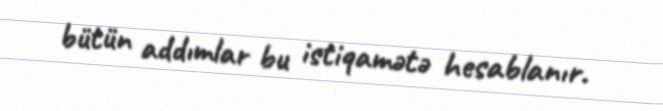
bütün addımlar bu istiqamətə hesablanır.